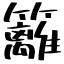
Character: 籬